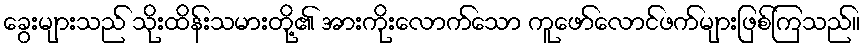
ခွေးများသည် သိုးထိန်းသမားတို့၏ အားကိုးလောက်သော ကူဖော်လောင်ဖက်များဖြစ်ကြသည်။